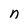
Character: n